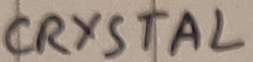
Text: CRYSTAL